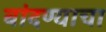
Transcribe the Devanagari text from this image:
बांदण्याचा